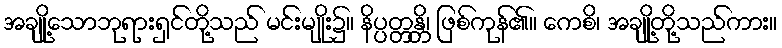
အချို့သောဘုရားရှင်တို့သည် မင်းမျိုး၌။ နိပ္ပတ္တန္တိ၊ ဖြစ်ကုန်၏။ ကေစိ၊ အချို့တို့သည်ကား။